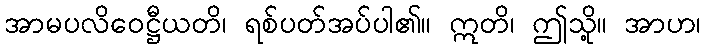
အာမပလိဝေဋ္ဌီယတိ၊ ရစ်ပတ်အပ်ပါ၏။ ဣတိ၊ ဤသို့။ အာဟ၊